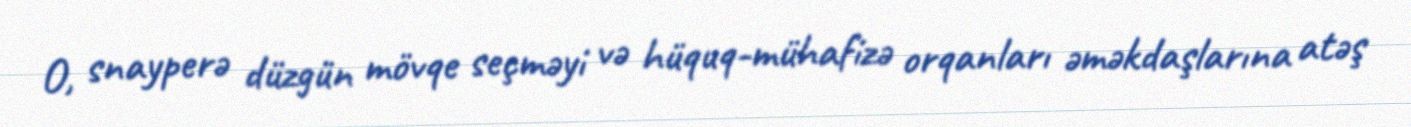
O, snayperə düzgün mövqe seçməyi və hüquq-mühafizə orqanları əməkdaşlarına atəş